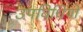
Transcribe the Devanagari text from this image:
उपविधियों